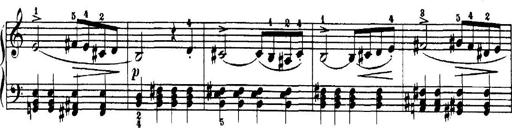
Title: 7 Sonatinas
Composer: Anton Diabelli